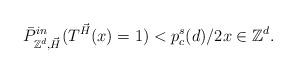
LaTeX: \begin{align*}\bar{P}^{in}_{\mathbb{Z}^d,\vec{H}}(T^{\vec{H}}(x)=1)<p_c^s(d)/2 x\in\mathbb{Z}^d.\end{align*}